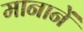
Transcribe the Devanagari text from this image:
मानानें